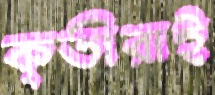
কৃতীরাই